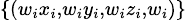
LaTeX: \scriptstyle\{ (w_{i}x_{i},w_{i}y_{i},w_{i}z_{i},w_{i})\}